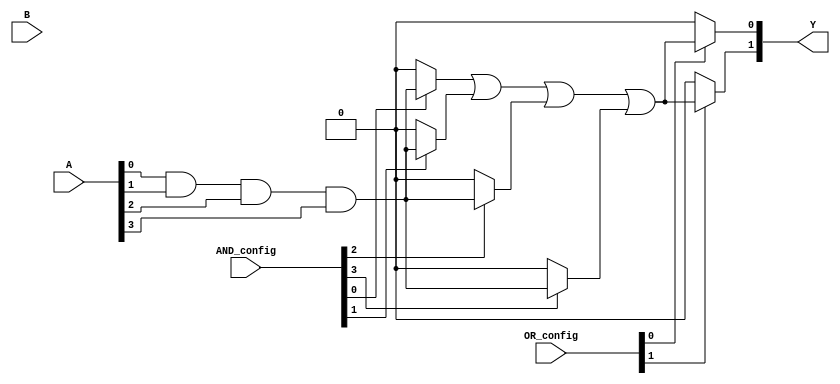
module GAL (
    input wire [N-1:0] A,        // N input signals
    input wire [M-1:0] B,        // M programmable inputs
    input wire [P-1:0] AND_config, // Configuration for AND gates
    input wire [Q-1:0] OR_config,  // Configuration for OR gates
    output wire [R-1:0] Y         // R output signals
);

parameter N = 4; // Number of input signals
parameter M = 4; // Number of programmable inputs for AND gates
parameter P = 8; // Number of AND gates
parameter Q = 4; // Number of OR gates
parameter R = 2; // Number of output signals

// Internal signals for AND gate outputs
wire [P-1:0] and_out;

// AND gate implementation
genvar i, j;
generate
    for (i = 0; i < P; i = i + 1) begin : and_gates
        assign and_out[i] = (AND_config[i]) ? (A[0] & A[1] & A[2] & A[3]) : 1'b0; // Example AND logic
    end
endgenerate

// OR gate implementation
genvar k;
generate
    for (k = 0; k < Q; k = k + 1) begin : or_gates
        assign Y[k] = (OR_config[k]) ? (and_out[0] | and_out[1] | and_out[2] | and_out[3]) : 1'b0; // Example OR logic
    end
endgenerate

endmodule